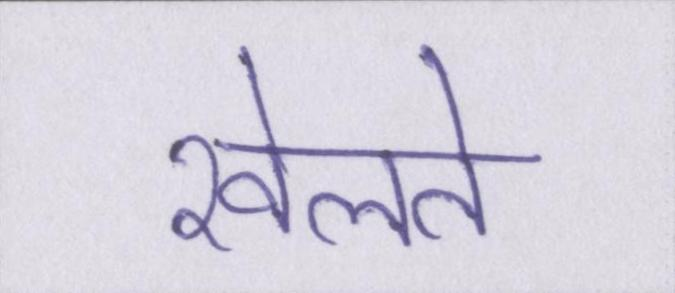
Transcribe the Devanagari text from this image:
खेलते